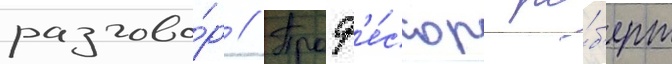
разгово́р // Проф'е́ссор ро́б'ерт